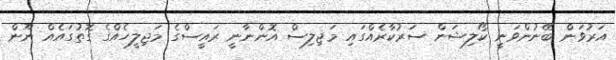
އަރުވަން ބޭނުންވަނީ ކޯލިޝަން ސަރުކާރެއްގައި މަޖިލިސް އޮންނާނީ ރައީސްގެ މަޖިލީހެއްގެ ގޮތުގައެއް ނޫން